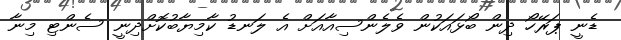
ޑެނީ ޕަރޭހޯ ދިން ބޯޅައަކުން ވެލެންސިއާއަށް އެ ލަނޑު ކާމިޔާބުކޮށްދިނީ ސެންޓި މިނާ